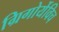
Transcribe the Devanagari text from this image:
ग्रिगोर्येविच